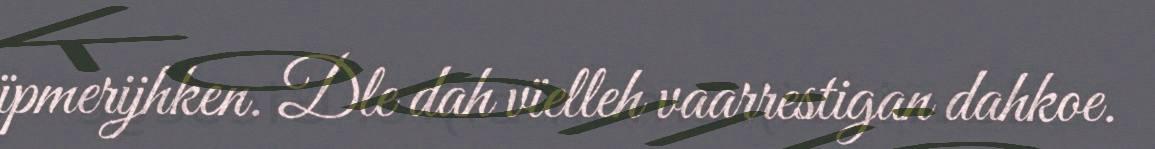
ïpmerijhken. Dle dah vïelleh vaarrestigan dahkoe.